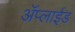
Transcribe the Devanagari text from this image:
ॲप्लाईड